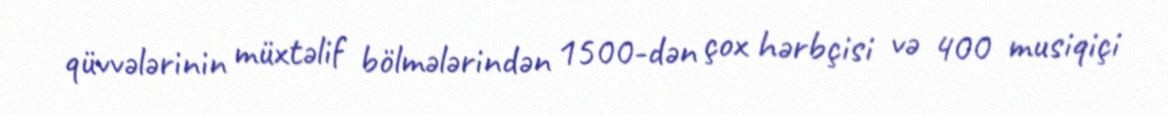
qüvvələrinin müxtəlif bölmələrindən 1500-dən çox hərbçisi və 400 musiqiçi